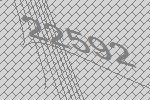
22592